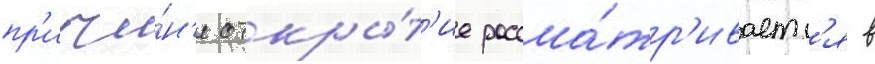
пр'ичи́н'е откры́т'ие рассма́тр'иваетс'я в